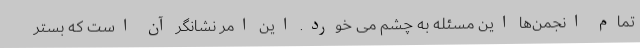
تمام انجمن‌ها این مسئله به چشم می خورد. این امر نشانگر آن است که بستر